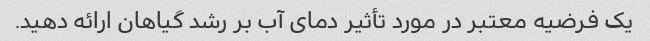
یک فرضیه معتبر در مورد تأثیر دمای آب بر رشد گیاهان ارائه دهید.